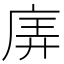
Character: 㢅